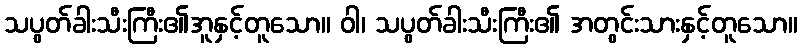
သပွတ်ခါးသီးကြီး၏အူနှင့်တူသော။ ဝါ၊ သပွတ်ခါးသီးကြီး၏ အတွင်းသားနှင့်တူသော။